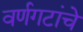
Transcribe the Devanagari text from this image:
वर्णगटांचे